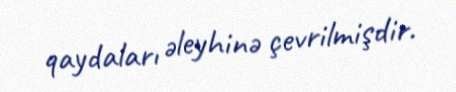
qaydaları əleyhinə çevrilmişdir.